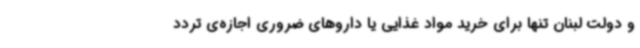
و دولت لبنان تنها برای خرید مواد غذایی یا داروهای ضروری اجازه‌ی تردد